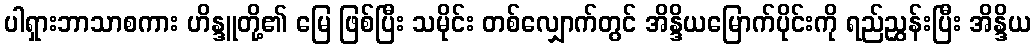
ပါရှားဘာသာစကား ဟိန္ဒူတို့၏ မြေ ဖြစ်ပြီး သမိုင်း တစ်လျှောက်တွင် အိန္ဒိယမြောက်ပိုင်းကို ရည်ညွှန်းပြီး အိန္ဒိယ